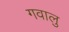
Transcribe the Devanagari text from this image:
गवालु